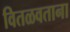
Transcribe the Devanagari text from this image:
वितळवताना